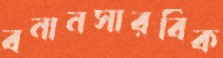
বনানসারবিক